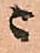
ニ